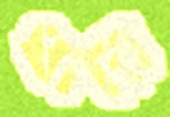
ধারে